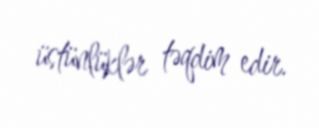
üstünlüklər təqdim edir.